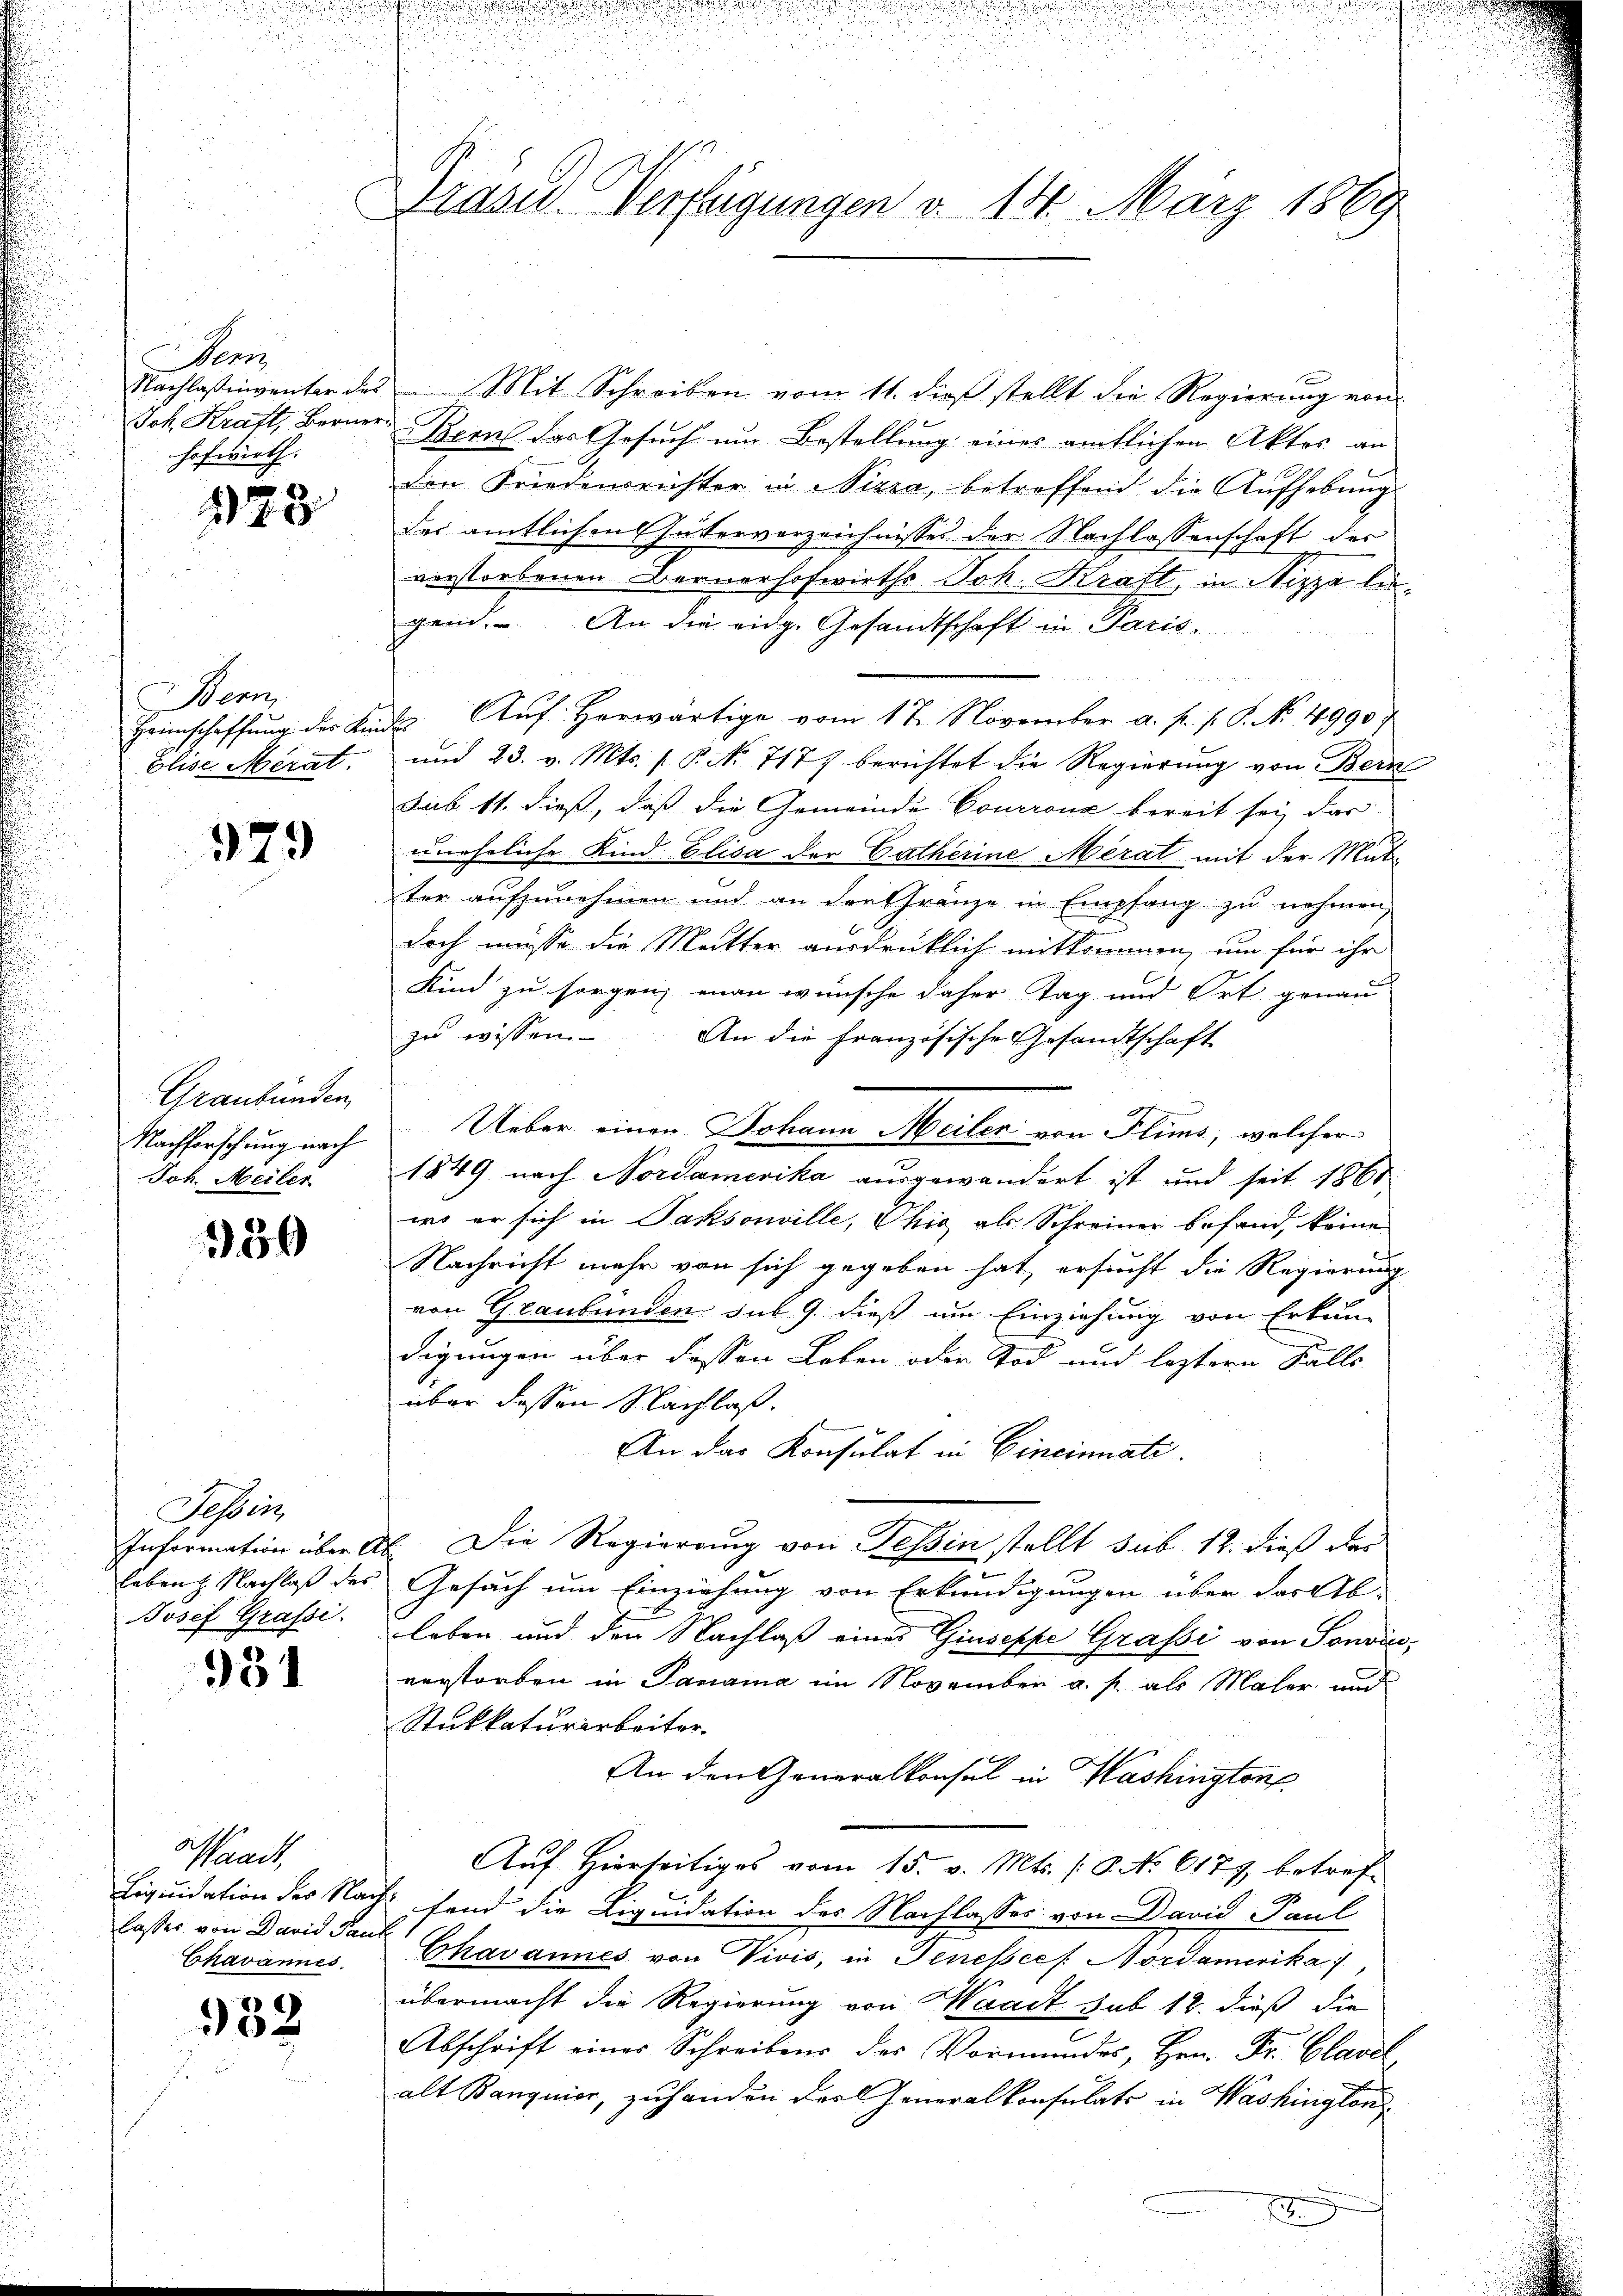
Wen
Nachlaßingenter des
Ich. Kraft, Berner
hofwirth.

223

Bern,
Heimschaffung des Ki
Elise Merat.

379

Graubünden,
Nachforschung nach
Joh. Meiler

336

Tessin,
Information über A
leben Nachlaß des
Josef Grafsi.

931

Waadt,
Liquidation des Nachs
lasser von David Sank
Chavannes.

x
0

n

Arasus Verfügungen v. 14. März 1869

Mit Schreiben vom 11. dieß stellt die Regierung von
Bems das Gesuch um Bestellung eines amtlichen Aktes an
den Friedensrichter in Nizza, betreffend die Aufhebung
des amtlichen Interverzeichnisses der Nachlassenschaft des
verstorbenen Bernerhofwirths Joh. Kraft, in Nizza liegen. An die eidg. Gesandtschaft in Paris,
4. Aŭf Horwärtige vom 17. November a. f. f. P. No. 4990
und 23. v. Mts. s P. No 717) berichtet die Regierung von Bern
Sub 11. dieß, daß die Gemeinde Courrona bereit sei, das
uneheliche Kind Elisa der Catherine Merat mit der Mut-
ter aufzunehmen und an der Gränze in Empfang zu nehmen
doch müsse die Mutter ausdrücklich mitkommen, um für ihr
Kind zu sorgen, man wünsche daher Tag und Ort genau
zu wissen. An die französische Gesandtschaft
feren
Ueber einen Johann Meiler von Flims, welcher
1849 nach Nordamerika ausgewandert ist und seit 1860
wo er sich in Paksonville, Chić als Schreiner befand, keine
Nachricht mehr von sich gegeben hat, ersucht die Regierung
von Graubünden sub. 9. dieß um Einziehung von Erkun-
digungen über dessen Leben oder Tod und leztern Falle
über dessen Nachlaß.
An das Konsulat in Cincinnati
Die Regierung von Tessin stellt sub. 12. dieß das
Gesuch um Einziehung von Erkundigungen über das Ab-
leben und den Nachlaß eines Giuseppe Grafsi von Sondin,
verstorben in Panama im November a. p. als Maler und
Stukkaturarbeiter
An den Generalkonsul in Washingtons
Auf Hierseitiges vom 15. v. Mts. (O. No 6177, betref-
fend die Liquidation des Nachlasses von David Paul
Chavannes von Vivis, in Tenessec. Nordamerika,
übermacht die Regierung von Waadt sub 18. dieß die
Abschrift eines Schreibens des Vormundes, Hrn. Fr. Clavel
alt Banquier, zu handen der Generalkonsulats in Washington
.